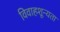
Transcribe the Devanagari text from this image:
विवाहशून्यता